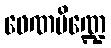
ဖေဏပိဏ္ဍေ